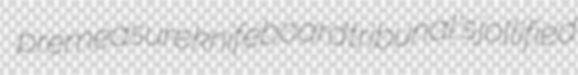
premeasure knifeboard tribunal's jollified